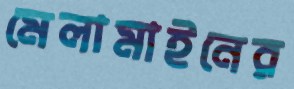
মেলামাইনের